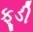
ફૂડી